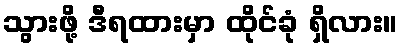
သွားဖို့ ဒီရထားမှာ ထိုင်ခုံ ရှိလား။